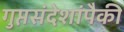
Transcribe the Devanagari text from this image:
गुप्तसंदेशांपैकी